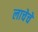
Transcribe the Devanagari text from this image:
लाचेचे